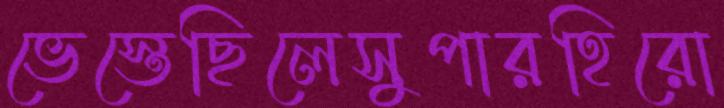
ভেস্তেছিলেসুপারহিরো